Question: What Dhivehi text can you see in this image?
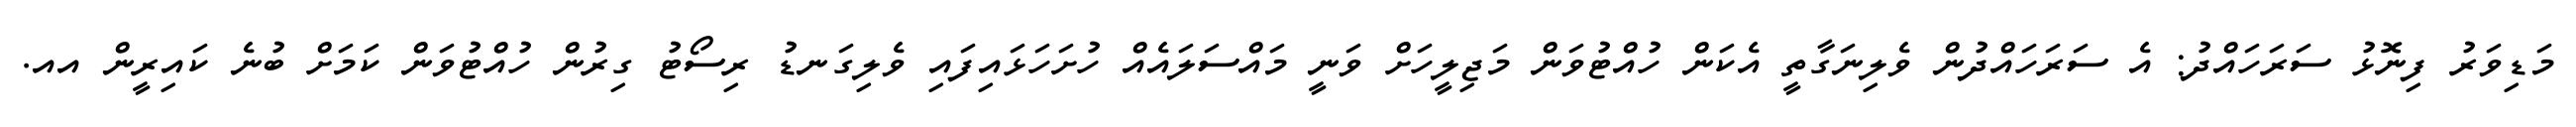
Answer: މަޑިވަރު ފިނޮޅު ސަރަހައްދު: އެ ސަރަހައްދުން ވެލިނަގާތީ އެކަން ހުއްޓުވަން މަޖިލީހަށް ވަނީ މައްސަލައެއް ހުށަހަޅައިފައި ވެލިގަނޑު ރިސޯޓު ގިރުން ހުއްޓުވަން ކަމަށް ބުނެ ކައިރީން އއ.